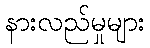
နားလည်မှုများ